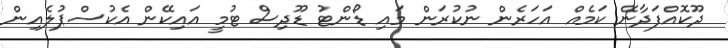
ދޫކޮއްފަދާނޭ ކަމެއް އަހަރެން ނުކުރަން މައި ޑޯންޓު ޑޫދިސް ޓުމީ އައިކޭން އެކުސްޕުލެއިން